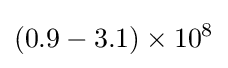
(0.9-3.1)\times 10^{8}